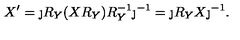
X ^ { \prime } = \j R _ { Y } ( X R _ { Y } ) R _ { Y } ^ { - 1 } \j ^ { - 1 } = \j R _ { Y } X \j ^ { - 1 } .